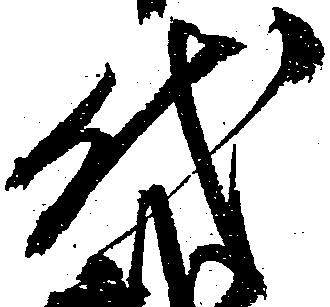
代